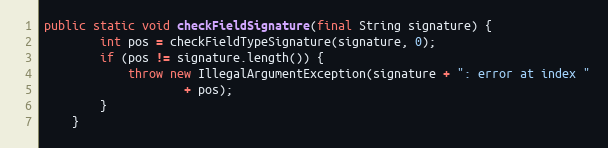
Language: Java
public static void checkFieldSignature(final String signature) {
        int pos = checkFieldTypeSignature(signature, 0);
        if (pos != signature.length()) {
            throw new IllegalArgumentException(signature + ": error at index "
                    + pos);
        }
    }